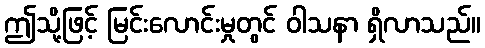
ဤသို့ဖြင့် မြင်းလောင်းမှုတွင် ဝါသနာ ရှိလာသည်။